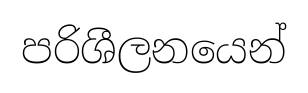
පරිශීලනයෙන්